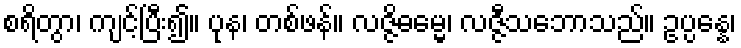
စရိတွာ၊ ကျင့်ပြီး၍။ ပုန၊ တစ်ဖန်။ လဇ္ဇိဓမ္မေ၊ လဇ္ဇီသဘောသည်။ ဥပ္ပန္နေ၊